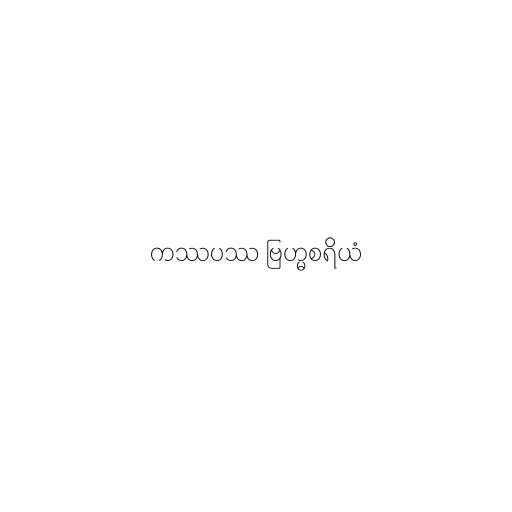
ကဿပဿ ဗြဟ္မစရိယံ